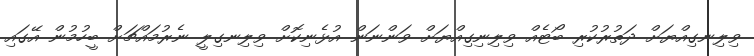
ވިލިނގިއްޔަށް ދަތުރުކުރި ބޯޓެއް ވިލިނިގިއްޔަށް ވަންނަން އުޅެނިކޮށް ވިލިނގިލީ ނެރުމައްޗަށް ބީހުމުން އޭގައި